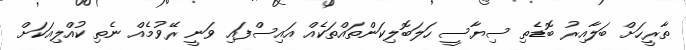
ތާރީހަށް ބަލާއިރު ބޮޑެތި ސިޔާސީ ހަލަބޮލިކަންތައްތަކެއް އައިސްފައި ވަނީ ރޭވުމެއް ނެތި ކުއްލިއަކަށް